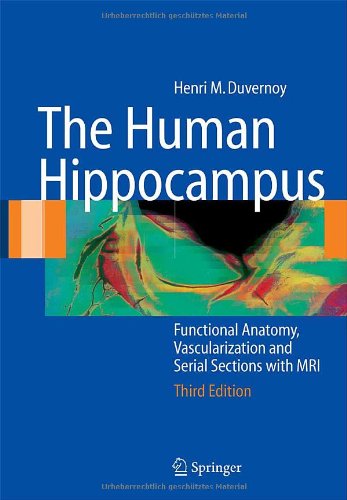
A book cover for The Human Hippocampus: Functional Anatomy, Vascularization and Serial Sections with MRI; Henri M. Duvernoy; Medical Books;